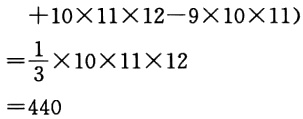
\[
\begin{align*}
& + 10\times11\times12 - 9\times10\times11\\
=&\frac{1}{3}\times10\times11\times12\\
=&440
\end{align*}
\]